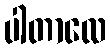
ပါတာလေ